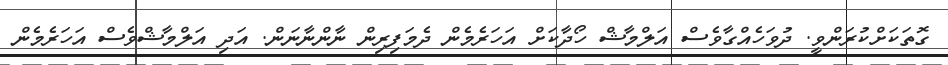
ގޮތަކަށްކުރަންވީ. ދުވަހެއްގާވެސް އަލްމާޝް ހޯދާކަށް އަހަރެމެން ދެމަފިރިން ނާންނާނަން. އަދި އަލްމާޝްވެސް އަހަރެމެން